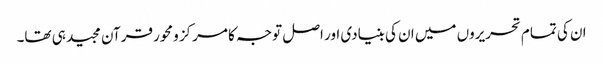
ان کی تمام تحریروں میں ان کی بنیادی اور اصل توجہ کا مرکز ومحور قرآن مجید ہی تھا۔